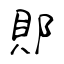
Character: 郥